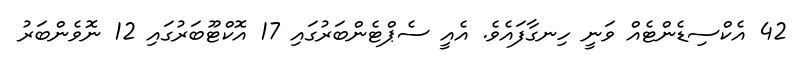
42 އެކްސިޑެންޓެއް ވަނީ ހިނގާފައެވެ. އެއީ ސެޕްޓެންބަރުގައި 17 އޮކްޓޫބަރުގައި 12 ނޮވެންބަރު